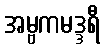
အမ္ဗကမဒ္ဒရီ